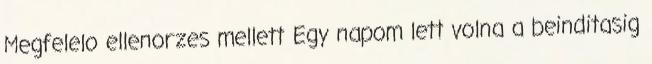
Megfelelo ellenorzes mellett Egy napom lett volna a beinditasig